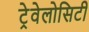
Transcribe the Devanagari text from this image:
ट्रेवेलोसिटी